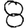
Digit: 8